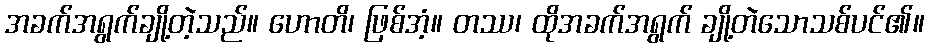
အခက်အရွက်ချို့တဲ့သည်။ ဟောတိ၊ ဖြစ်အံ့။ တဿ၊ ထိုအခက်အရွက် ချို့တဲသောသစ်ပင်၏။